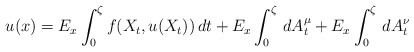
\begin{align*}u(x)=E_{x}\int_{0}^{\zeta}f(X_{t}, u(X_{t}))\,dt+E_{x}\int_{0}^{\zeta}\,dA_{t}^{\mu}+E_{x}\int_{0}^{\zeta}\,dA_{t}^{\nu}\end{align*}